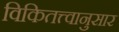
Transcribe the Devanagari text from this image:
विकितत्त्वानुसार